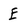
Character: E